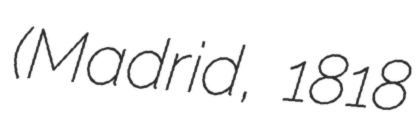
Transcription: (Madrid, 1818